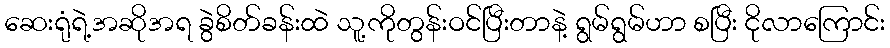
ဆေးရုံရဲ့အဆိုအရ ခွဲစိတ်ခန်းထဲ သူ့ကိုတွန်းဝင်ပြီးတာနဲ့ ရွမ်ရွမ်ဟာ စပြီး ငိုလာကြောင်း